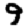
Digit: 9